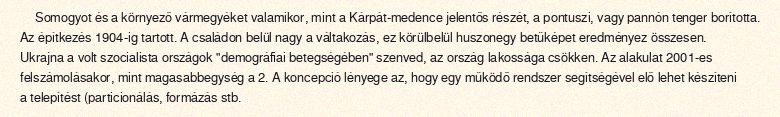
Somogyot és a környező vármegyéket valamikor, mint a Kárpát-medence jelentős részét, a pontuszi, vagy pannón tenger borította. Az építkezés 1904-ig tartott. A családon belül nagy a váltakozás, ez körülbelül huszonegy betűképet eredményez összesen. Ukrajna a volt szocialista országok "demográfiai betegségében" szenved, az ország lakossága csökken. Az alakulat 2001-es felszámolásakor, mint magasabbegység a 2. A koncepció lényege az, hogy egy működő rendszer segítségével elő lehet készíteni a telepítést (particionálás, formázás stb.